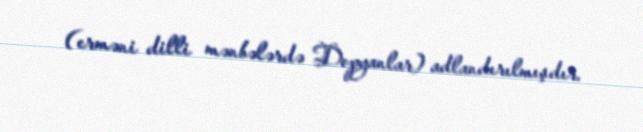
(erməni dilli mənbələrdə Dopyanlar) adlandırılmışdır.